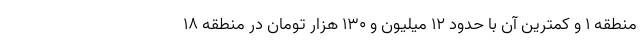
منطقه ۱ و کمترین آن با حدود ۱۲ میلیون و ۱۳۰ هزار تومان در منطقه ۱۸